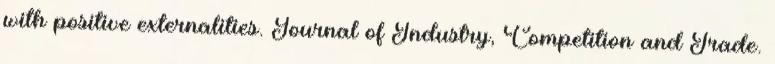
with positive externalities. Journal of Industry, Competition and Trade.